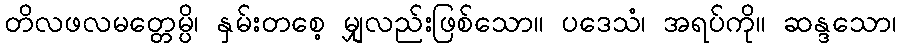
တိလဖလမတ္တေမ္ပိ၊ နှမ်းတစေ့ မျှလည်းဖြစ်သော။ ပဒေသံ၊ အရပ်ကို။ ဆန္ဒသော၊